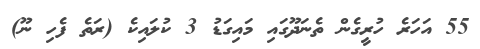
55 އަހަރެ ހުރީގެން ތެނަދޫގައި މައިގަޑު 3 ކުލައިކެ (ރަތެ ފެހި ނޫ)